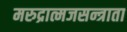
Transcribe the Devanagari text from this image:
मरुद्रात्मजसन्त्राता